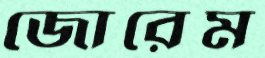
জোরেম